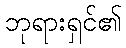
ဘုရားရှင်၏